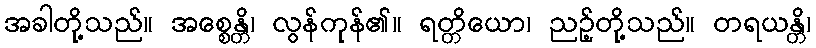
အခါတို့သည်။ အစ္စေန္တိ၊ လွန်ကုန်၏။ ရတ္တိယော၊ ညဉ့်တို့သည်။ တရယန္တိ၊